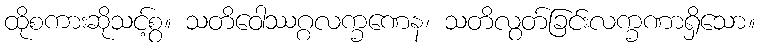
ထိုစကားဆိုသင့်စွ။ သတိဝေါဿဂ္ဂလက္ခဏေန၊ သတိလွတ်ခြင်းလက္ခဏာရှိသော။